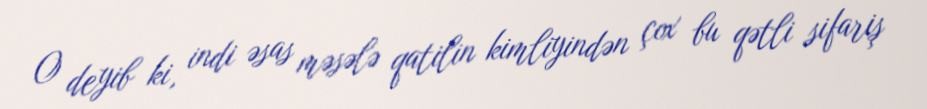
O deyib ki, indi əsas məsələ qatilin kimliyindən çox bu qətli sifariş